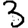
Digit: 3